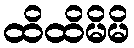
ထိထိမိမိ